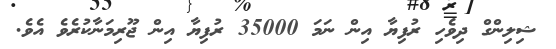
ޝިލިންގް ދިވެހި ރުފިޔާ އިން ނަމަ 35000 ރުފިޔާ އިން ޖޫރިމަނާކުރެވެ އެވެ.